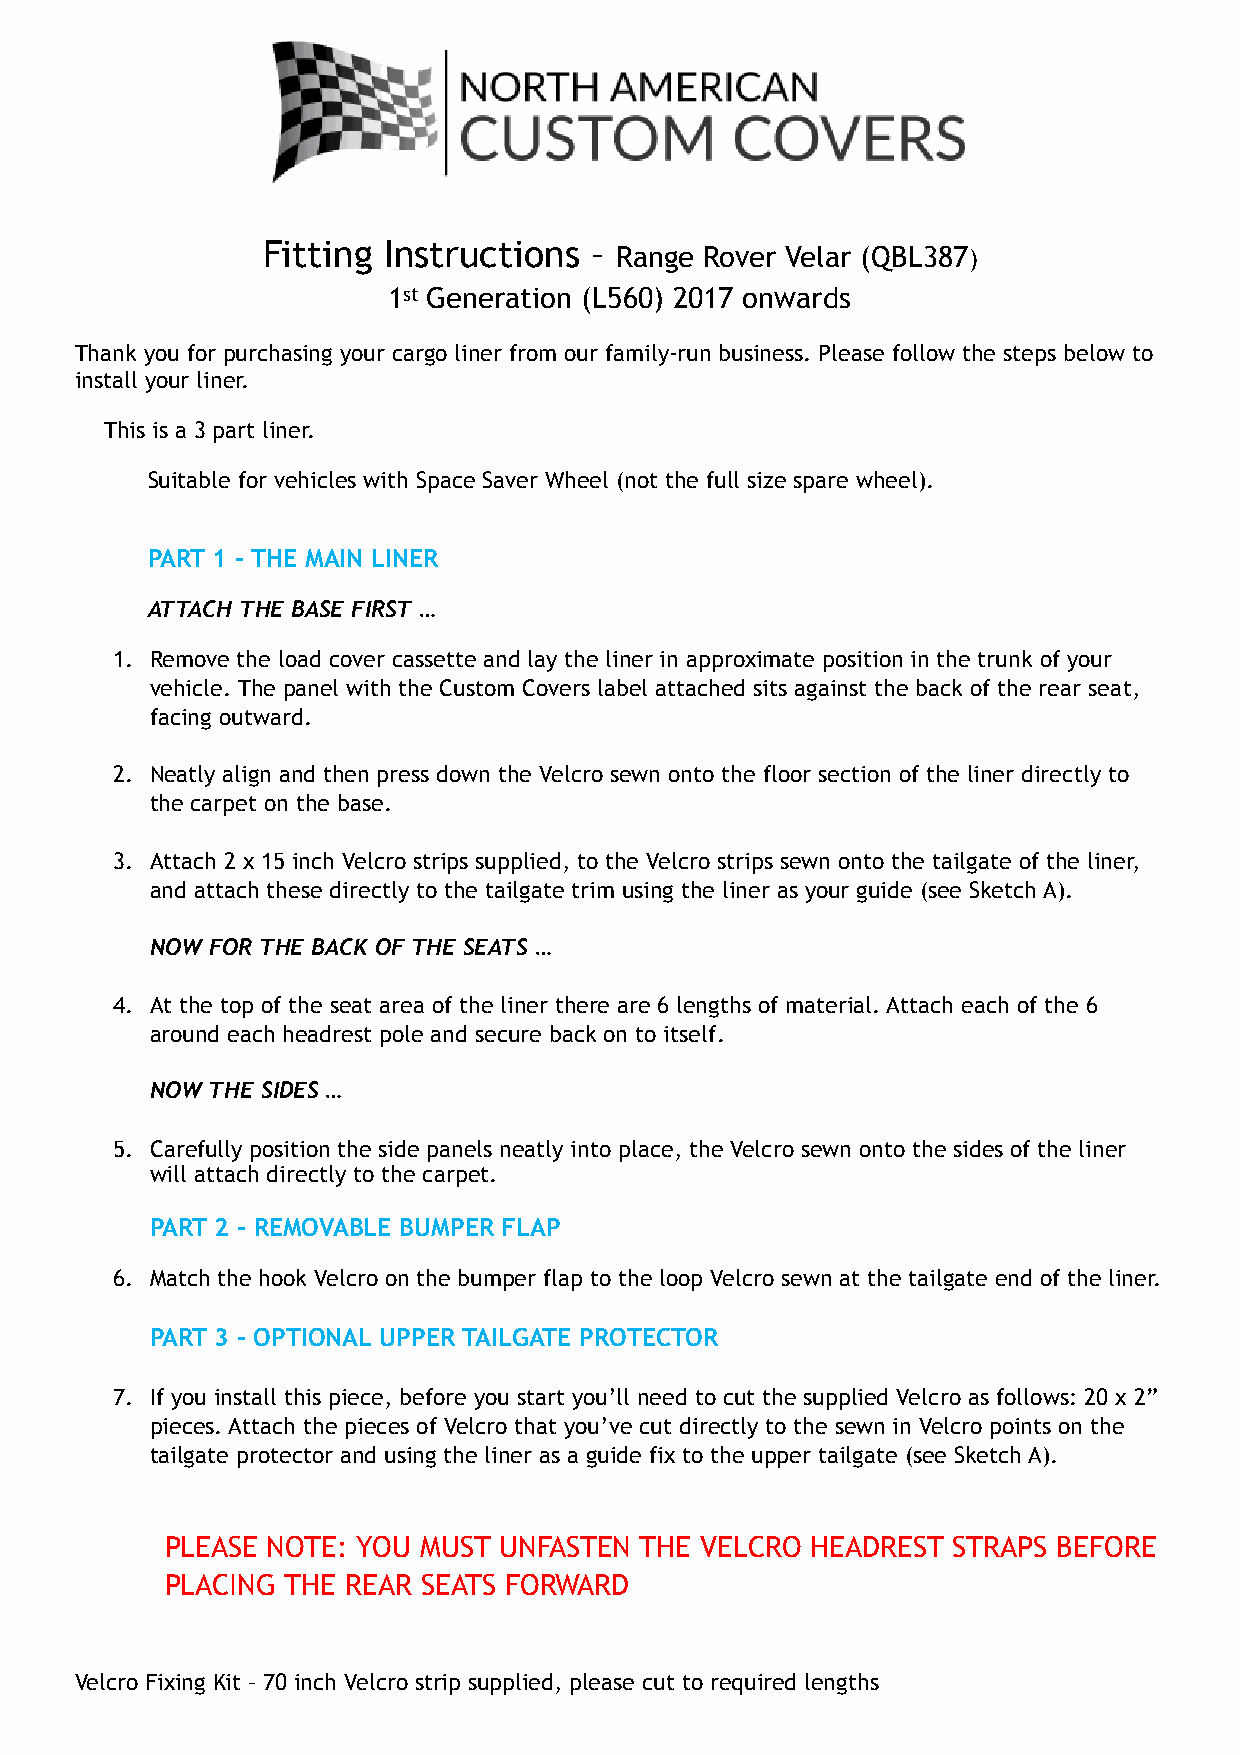
Fitting Instructions  –
 Range Rover Velar (QBL387)
 1st Generation (L560) 2017 onwards
 Thank you for purchasing your cargo liner from our family-run business. Please follow the steps below to
 install your liner.
 This is a 3 part liner.
 Suitable for vehicles with Space Saver Wheel (not the full size spare wheel).
 PART 1 – THE MAIN LINER
 ATTACH THE BASE FIRST …
 1. Remove the load cover cassette and lay the liner in approximate position in the trunk of your
 vehicle. The panel with the Custom Covers label attached sits against the back of the rear seat,
 facing outward.
 2. Neatly align and then press down the Velcro sewn onto the floor section of the liner directly to
 the carpet on the base.
 3. Attach 2 x 15 inch Velcro strips supplied, to the Velcro strips sewn onto the tailgate of the liner,
 and attach these directly to the tailgate trim using the liner as your guide (see Sketch A).
 NOW FOR THE BACK OF THE SEATS …
 4. At the top of the seat area of the liner there are 6 lengths of material. Attach each of the 6
 around each headrest pole and secure back on to itself.
 NOW THE SIDES …
 5. Carefully position the side panels neatly into place, the Velcro sewn onto the sides of the liner
 will attach directly to the carpet.
 PART 2 – REMOVABLE BUMPER FLAP
 6. Match the hook Velcro on the bumper flap to the loop Velcro sewn at the tailgate end of the liner.
 PART 3 – OPTIONAL UPPER TAILGATE PROTECTOR
 7. If you install this piece, before you start you’ll need to cut the supplied Velcro as follows: 20 x 2”
 pieces. Attach the pieces of Velcro that you’ve cut directly to the sewn in Velcro points on the
 tailgate protector and using the liner as a guide fix to the upper tailgate (see Sketch A).
 PLEASE NOTE: YOU MUST UNFASTEN THE VELCRO  HEADREST STRAPS BEFORE
 PLACING THE REAR SEATS FORWARD
 Velcro Fixing Kit – 70 inch Velcro strip supplied, please cut to required lengths